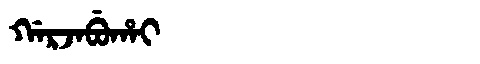
Manchu: ᡤᠠᡵᠵᠠᠪᡠᡥᠠᡳ
Romanization: GARJABUHAI